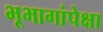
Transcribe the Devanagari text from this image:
भूभागांपेक्षा